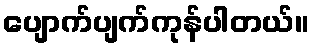
ပျောက်ပျက်ကုန်ပါတယ်။